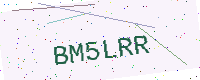
Text: BM5LRR